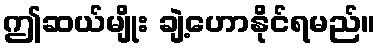
ဤဆယ်မျိုး ချဲ့ဟောနိုင်ရမည်။